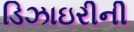
ડિઝાઇરીની